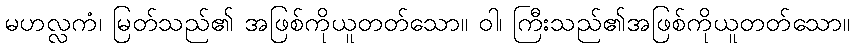
မဟလ္လကံ၊ မြတ်သည်၏ အဖြစ်ကိုယူတတ်သော။ ဝါ၊ ကြီးသည်၏အဖြစ်ကိုယူတတ်သော။